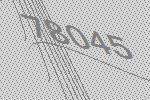
78045